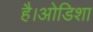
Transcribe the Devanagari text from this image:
है।ओडिशा